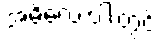
အဓိလေးပါးတွင်